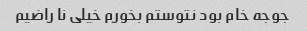
جوجه خام بود نتوستم بخورم خیلی نا راضیم